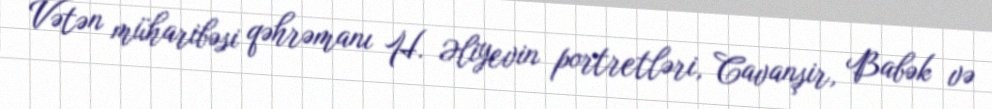
Vətən müharibəsi qəhrəmanı H. Əliyevin portretləri, Cavanşir, Babək və